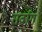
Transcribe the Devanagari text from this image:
सर्वाग